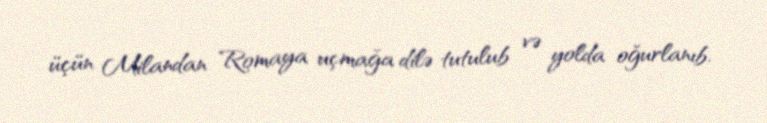
üçün Milandan Romaya uçmağa dilə tutulub və yolda oğurlanıb.